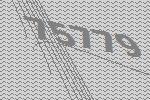
75779